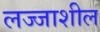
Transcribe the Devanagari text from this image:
लज्जाशील